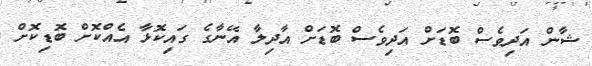
ޝާން އަދިވެސް ބޮޑަށް އަދިވެސް ބޮޑަށް އާދިލާ އޭނާގެ ގައިކޮޅާ އެއްކޮށް ބޮޑިކޮށް